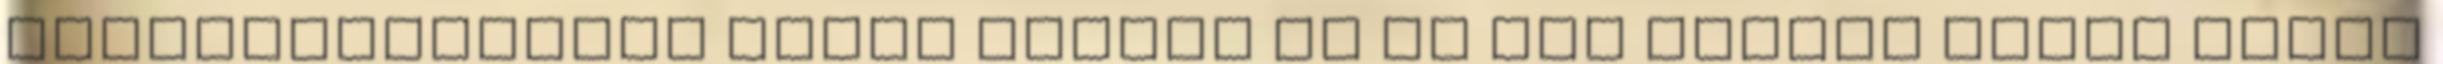
nyilvántartásba vétel évében és az azt követő három adóév